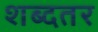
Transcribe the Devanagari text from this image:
शब्दतर